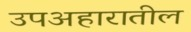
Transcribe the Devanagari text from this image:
उपअहारातील